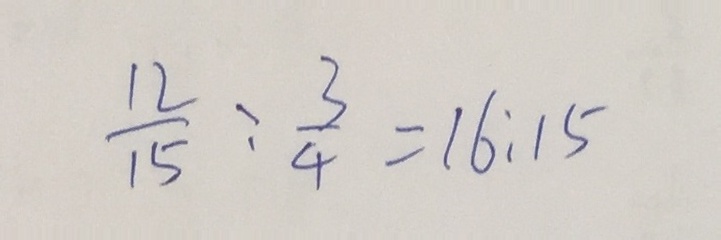
\frac { 1 2 } { 1 5 } : \frac { 3 } { 4 } = 1 6 : 1 5